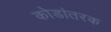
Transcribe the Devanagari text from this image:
कोडांतरक